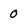
Character: 0